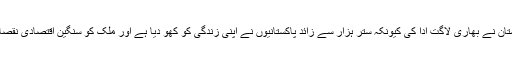
اس دہشتگردی کی پاکستان نے بھاری لاگت ادا کی کیونکہ ستر ہزار سے زائد پاکستانیوں نے اپنی زندگی کو کھو دیا ہے اور ملک کو سنگین اقتصادی نقصانات کا سامنا کرنا پڑا ۔